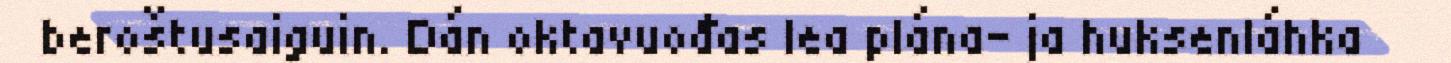
beroštusaiguin. Dán oktavuođas lea plána- ja huksenláhka